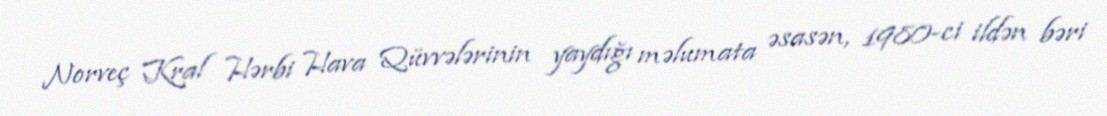
Norveç Kral Hərbi Hava Qüvvələrinin yaydığı məlumata əsasən, 1980-ci ildən bəri